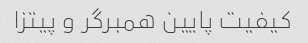
کیفیت پایین همبرگر و پیتزا